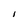
Character: I